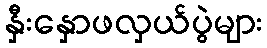
နှီးနှောဖလှယ်ပွဲများ